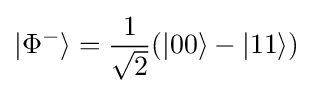
|\Phi ^{-}\rangle ={\frac {1}{\sqrt {2}}}(|00\rangle -|11\rangle )